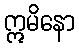
ဣမိနော